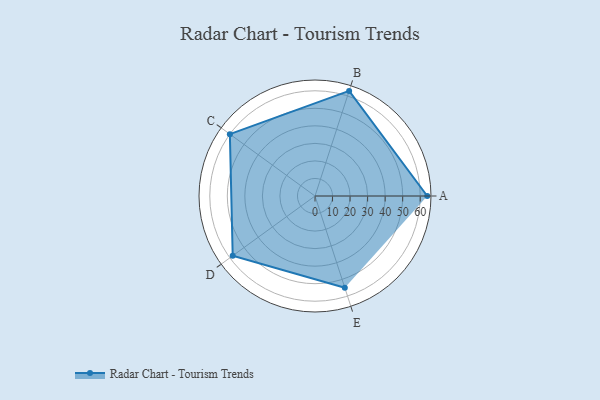
{"axis": {"x": "Skill", "y": "Score"}, "legend": ["Profile"], "data": [{"x": "A", "y": 64.0, "type": "Profile"}, {"x": "B", "y": 63.0, "type": "Profile"}, {"x": "C", "y": 60.0, "type": "Profile"}, {"x": "D", "y": 58.0, "type": "Profile"}, {"x": "E", "y": 55.0, "type": "Profile"}]}